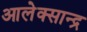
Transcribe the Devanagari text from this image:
आलेक्सान्द्र